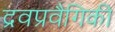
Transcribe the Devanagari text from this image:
द्रवप्रवैगिकी